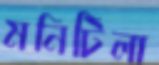
মনিটিলা